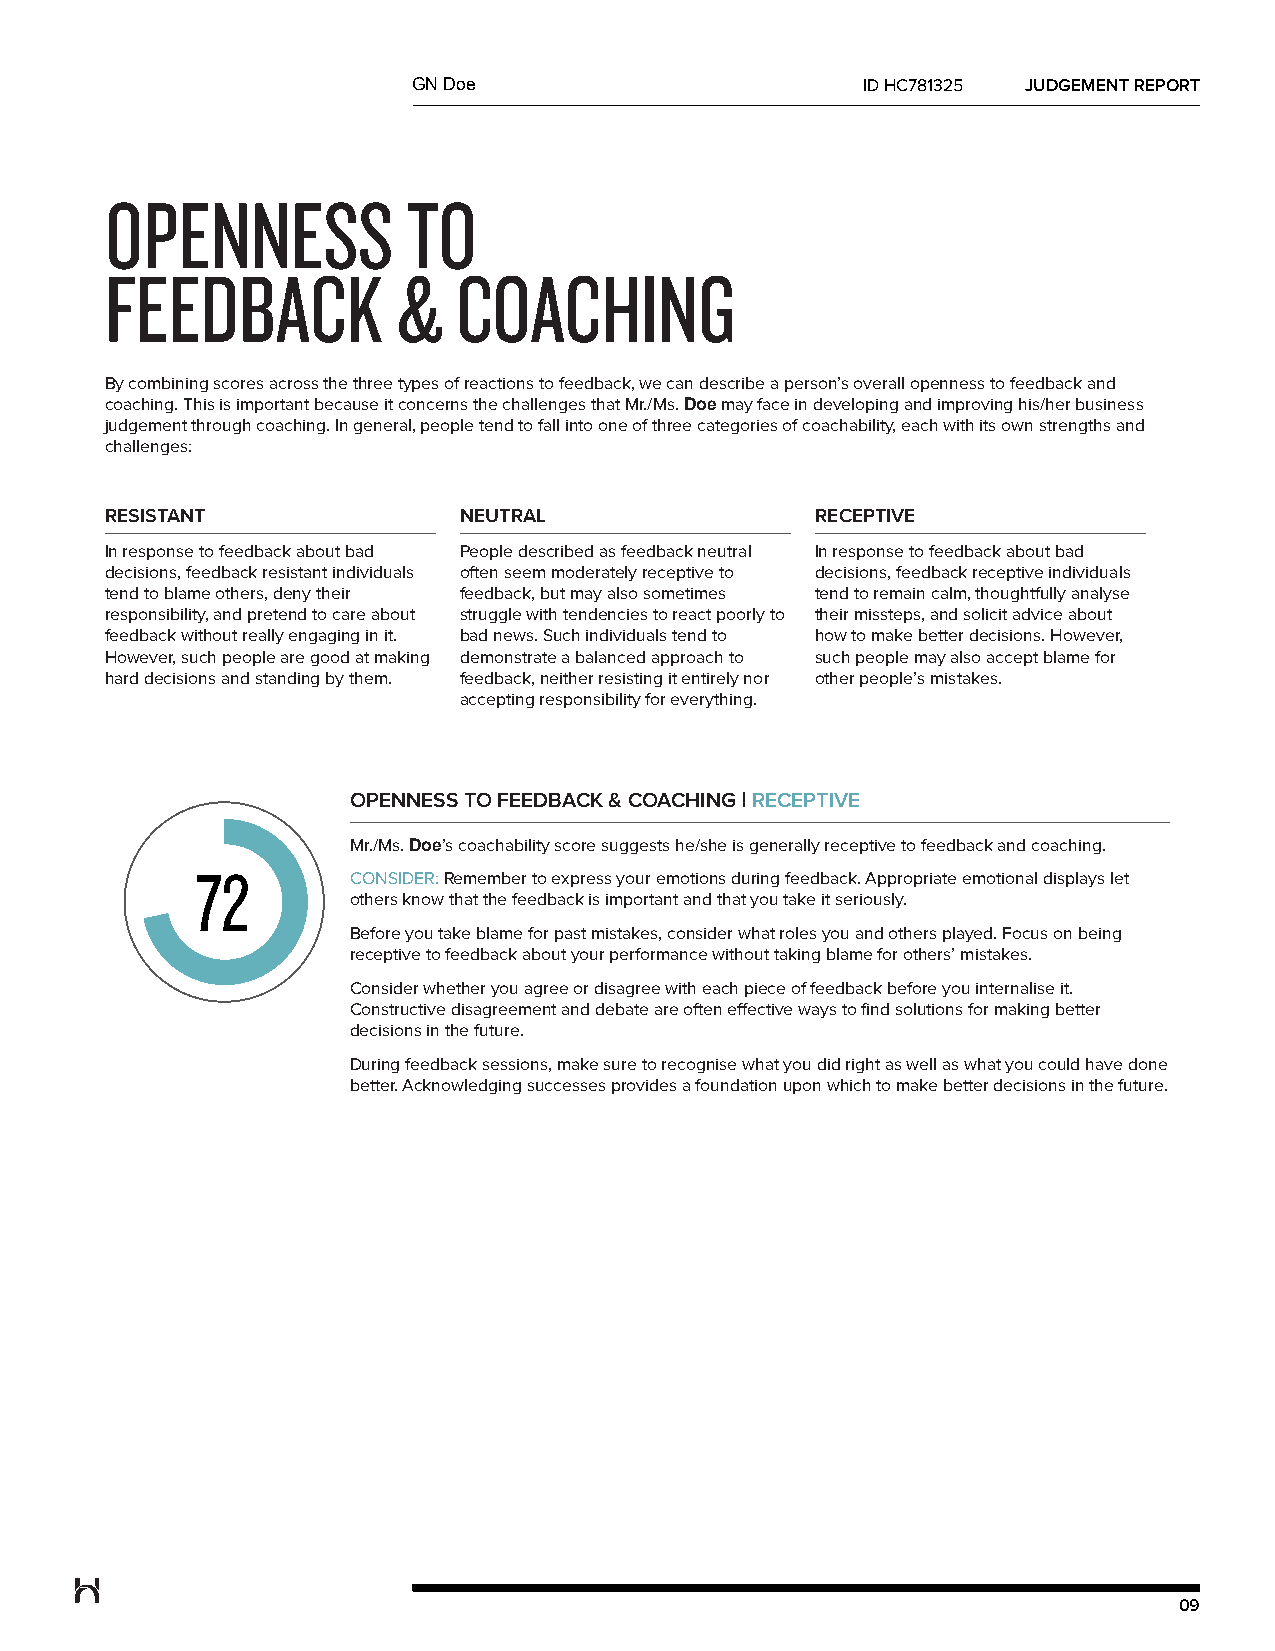
GN Doe                        ID HC781325 JUDGEMENT REPORT
 OPENNESS            TO
 FEEDBACK           &   COACHING
 By combining scores across the three types of reactions to feedback, we can describe a person’s overall openness to feedback and
 coaching. This is important because it concerns the challenges that Mr./Ms. Doe may face in developing and improving his/her business
 judgement through coaching. In general, people tend to fall into one of three categories of coachability, each with its own strengths and
 challenges:
 RESISTANT              NEUTRAL                 RECEPTIVE
 In response to feedback about bad People described as feedback neutral In response to feedback about bad
 decisions, feedback resistant individuals often seem moderately receptive to decisions, feedback receptive individuals
 tend to blame others, deny their feedback, but may also sometimes tend to remain calm, thoughtfully analyse
 responsibility, and pretend to care about struggle with tendencies to react poorly to their missteps, and solicit advice about
 feedback without really engaging in it. bad news. Such individuals tend to how to make better decisions. However,
 However, such people are good at making demonstrate a balanced approach to such people may also accept blame for
 hard decisions and standing by them. feedback, neither resisting it entirely nor other people’s mistakes.
 accepting responsibility for everything.
 OPENNESS TO FEEDBACK & COACHING | RECEPTIVE
 Mr./Ms. Doe’s coachability score suggests he/she is generally receptive to feedback and coaching.
 72
 CONSIDER:Remember to express your emotions during feedback. Appropriate emotional displays let
 others know that the feedback is important and that you take it seriously.
 Before you take blame for past mistakes, consider what roles you and others played. Focus on being
 receptive to feedback about your performance without taking blame for others’ mistakes.
 Consider whether you agree or disagree with each piece of feedback before you internalise it.
 Constructive disagreement and debate are often effective ways to find solutions for making better
 decisions in the future.
 During feedback sessions, make sure to recognise what you did right as well as what you could have done
 better. Acknowledging successes provides a foundation upon which to make better decisions in the future.
 09